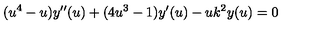
( u ^ { 4 } - u ) y ^ { \prime \prime } ( u ) + ( 4 u ^ { 3 } - 1 ) y ^ { \prime } ( u ) - u k ^ { 2 } y ( u ) = 0